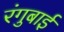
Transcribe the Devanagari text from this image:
रंगुबाई